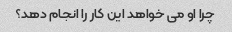
چرا او می خواهد این کار را انجام دهد؟